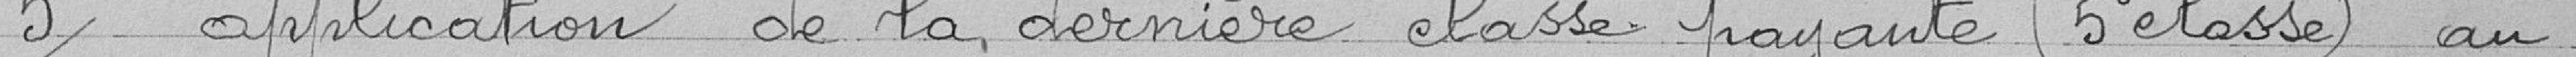
5° application de la dernière classe payante (5° classe) au